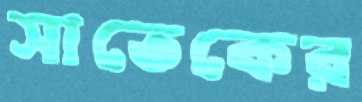
সাতেকের